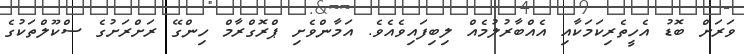
ވަރަށް ބޮޑު އެހީތެރިކަމަކާއި އެއްބާރުލުމެއް ލިބިފައިވެއެވެ. އަމާންވެށި ޕްރޮގްރާމް ހިންގޭ ރަށްރަށުގެ ސްކޫލްތަކުގެ